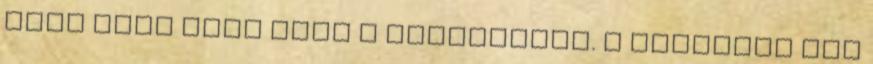
hogy elég nagy volt a döbbenetem. A történet két